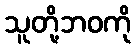
သူတို့ဘဝကို